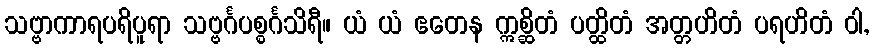
သဗ္ဗာကာရပရိပူရာ သဗ္ဗင်္ဂပစ္စင်္ဂသိရီ။ ယံ ယံ ဧတေန ဣစ္ဆိတံ ပတ္ထိတံ အတ္တဟိတံ ပရဟိတံ ဝါ,